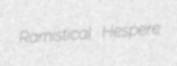
Ramistical Hespere